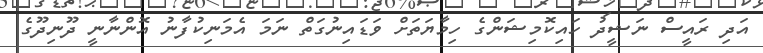
އަދި ރައީސް ނަޝީދު ހައިކޮމިޝަންގެ ހިމާޔަތަށް ވަޑައިނުގަތް ނަމަ އެމަނިކުފާނު އޮންނާނީ ދޫނިދޫގެ